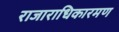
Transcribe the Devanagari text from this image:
राजाराधिकारमण